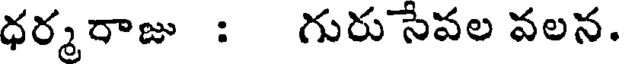
ధర్మరాజు : గురు సేవల వలన.